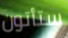
ستأتون